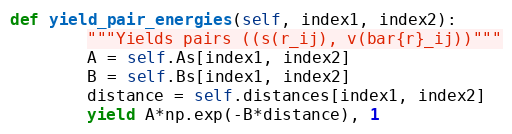
Language: Python
def yield_pair_energies(self, index1, index2):
        """Yields pairs ((s(r_ij), v(bar{r}_ij))"""
        A = self.As[index1, index2]
        B = self.Bs[index1, index2]
        distance = self.distances[index1, index2]
        yield A*np.exp(-B*distance), 1